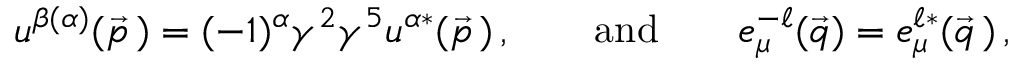
u ^ { \beta ( \alpha ) } ( \vec { p } \, ) = ( - 1 ) ^ { \alpha } \gamma ^ { 2 } \gamma ^ { 5 } u ^ { \alpha * } ( \vec { p } \, ) \, , \qquad \mathrm { a n d } \qquad e _ { \mu } ^ { - \ell } ( \vec { q } ) = e _ { \mu } ^ { \ell * } ( \vec { q } \, ) \, ,